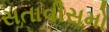
સતાવીસમો